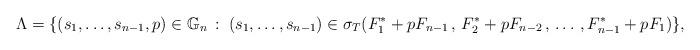
LaTeX: \begin{align*}\Lambda = \{ (s_1,\dots,s_{n-1},p)\in \mathbb G_n \,: \; (s_1,\dots,s_{n-1}) \in \sigma_T(F_1^*+pF_{n-1}\,,\, F_2^*+pF_{n-2}\,,\,\dots\,, F_{n-1}^*+pF_1) \},\end{align*}